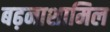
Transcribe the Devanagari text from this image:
बढ़नाशामिल